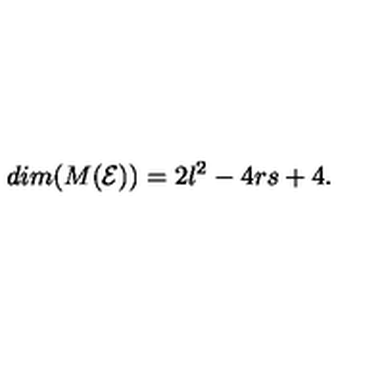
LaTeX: d i m ( M ( \mathcal { E } ) ) = 2 l ^ { 2 } - 4 r s + 4 .